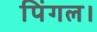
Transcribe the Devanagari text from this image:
पिंगल।